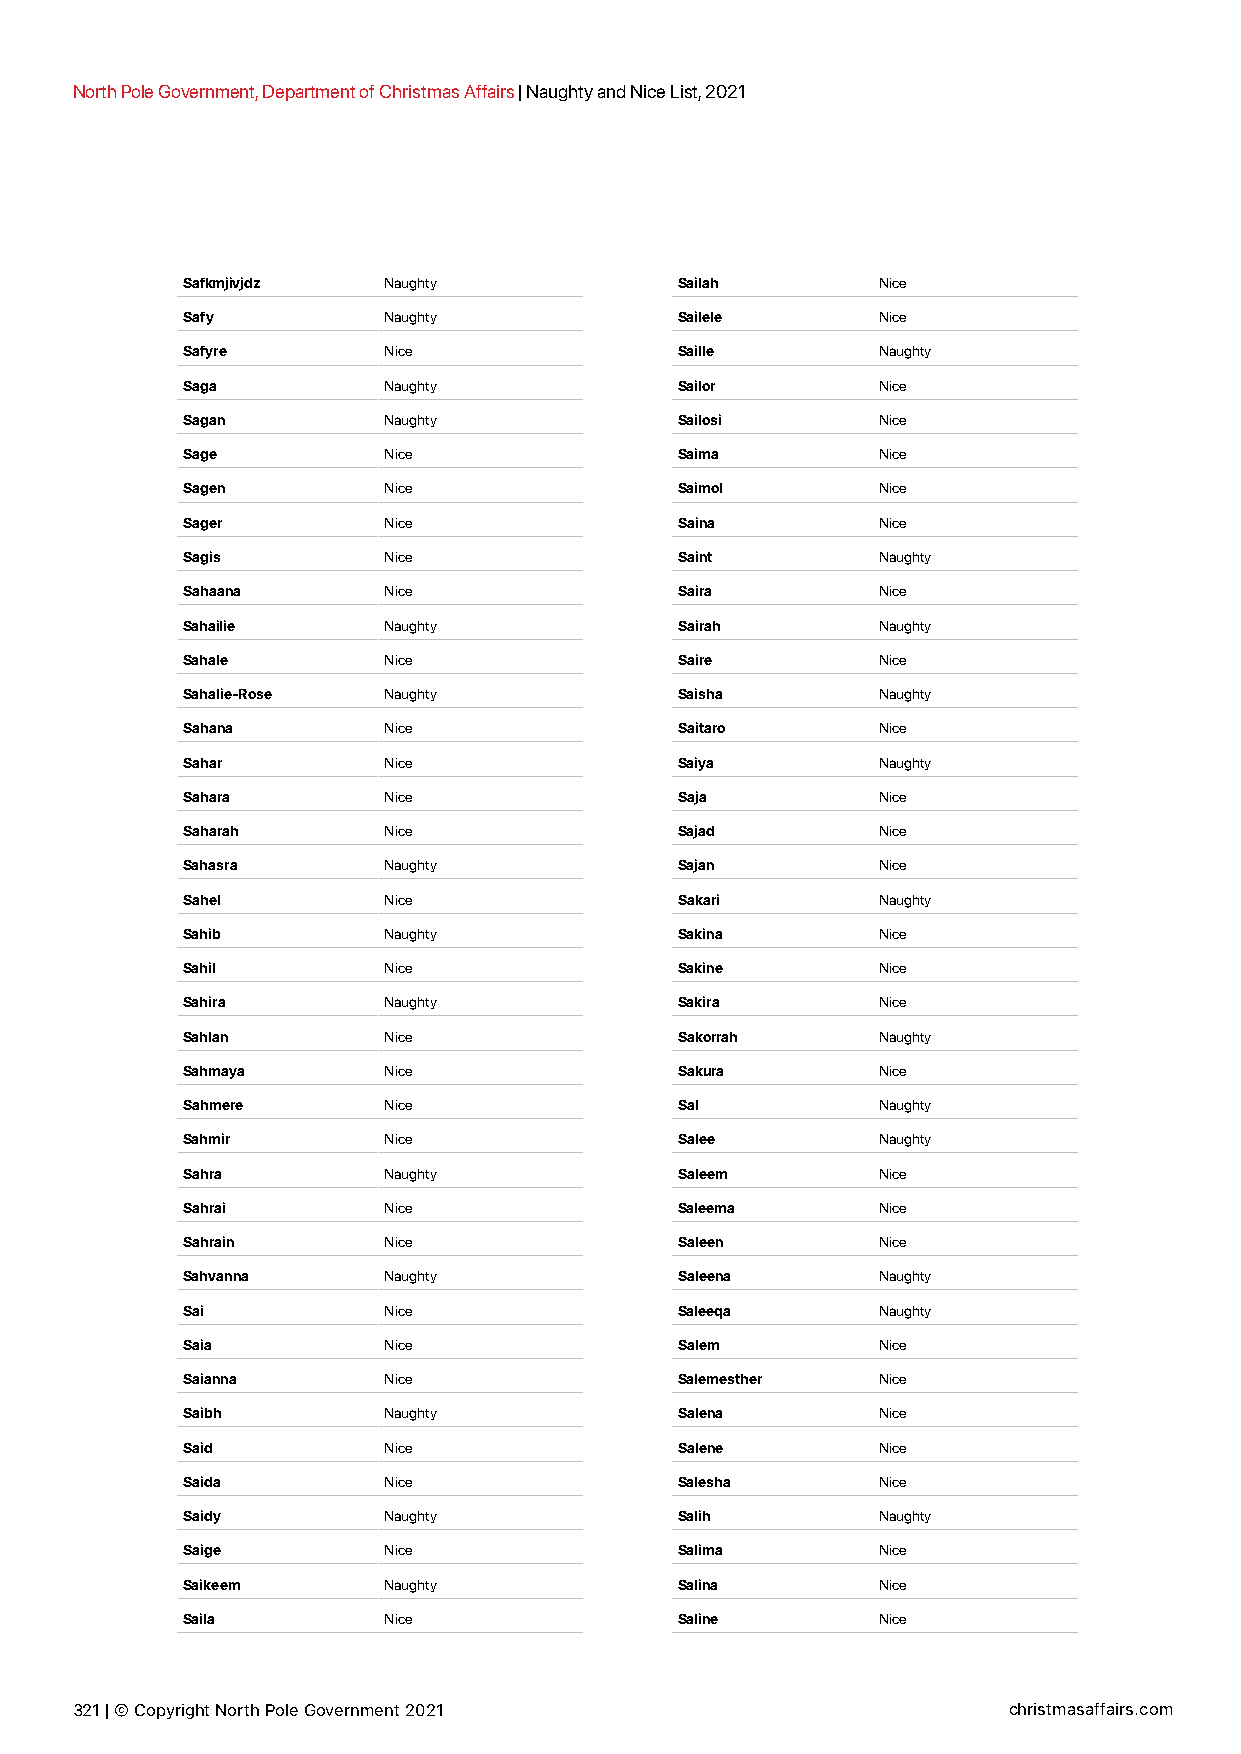
North Pole Government, Department of Christmas Affairs | Naughty and Nice List, 2021
 Safkmjivjdz  Naughty             Sailah       Nice
 Safy         Naughty             Sailele      Nice
 Safyre       Nice                Saille       Naughty
 Saga         Naughty             Sailor       Nice
 Sagan        Naughty             Sailosi      Nice
 Sage         Nice                Saima        Nice
 Sagen        Nice                Saimol       Nice
 Sager        Nice                Saina        Nice
 Sagis        Nice                Saint        Naughty
 Sahaana      Nice                Saira        Nice
 Sahailie     Naughty             Sairah       Naughty
 Sahale       Nice                Saire        Nice
 Sahalie-Rose Naughty             Saisha       Naughty
 Sahana       Nice                Saitaro      Nice
 Sahar        Nice                Saiya        Naughty
 Sahara       Nice                Saja         Nice
 Saharah      Nice                Sajad        Nice
 Sahasra      Naughty             Sajan        Nice
 Sahel        Nice                Sakari       Naughty
 Sahib        Naughty             Sakina       Nice
 Sahil        Nice                Sakine       Nice
 Sahira       Naughty             Sakira       Nice
 Sahlan       Nice                Sakorrah     Naughty
 Sahmaya      Nice                Sakura       Nice
 Sahmere      Nice                Sal          Naughty
 Sahmir       Nice                Salee        Naughty
 Sahra        Naughty             Saleem       Nice
 Sahrai       Nice                Saleema      Nice
 Sahrain      Nice                Saleen       Nice
 Sahvanna     Naughty             Saleena      Naughty
 Sai          Nice                Saleeqa      Naughty
 Saia         Nice                Salem        Nice
 Saianna      Nice                Salemesther  Nice
 Saibh        Naughty             Salena       Nice
 Said         Nice                Salene       Nice
 Saida        Nice                Salesha      Nice
 Saidy        Naughty             Salih        Naughty
 Saige        Nice                Salima       Nice
 Saikeem      Naughty             Salina       Nice
 Saila        Nice                Saline       Nice
 321 | © Copyright North Pole Government 2021                  christmasaffairs.com